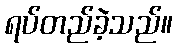
ရပ်တည်ခဲ့သည်။